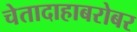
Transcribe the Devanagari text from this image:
चेतादाहाबरोबर